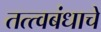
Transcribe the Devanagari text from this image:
तत्त्वबंधाचे